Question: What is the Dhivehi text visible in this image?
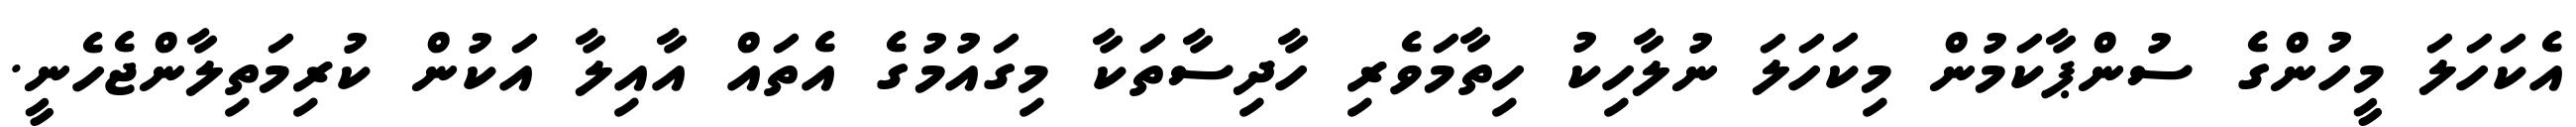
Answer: އެކަހަލަ މީހުންގެ ސުންޕާކަމުން މިކަހަލަ ނުލާހިކު ހިތާމަވެރި ހާދިސާތަކާ މިގައުމުގެ އެތައް އާއިލާ އަކުން ކުރިމަތިލާންޖެހެނީ.